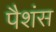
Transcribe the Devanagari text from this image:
पैशंस